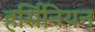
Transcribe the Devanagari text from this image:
हर्सिनियन